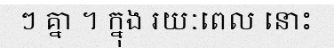
ៗ គ្នា ។ ក្នុង រយៈពេល នោះ